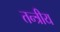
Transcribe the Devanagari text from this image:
तन्त्रीय